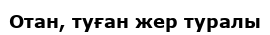
Отан, туған жер туралы